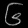
Digit: ၆